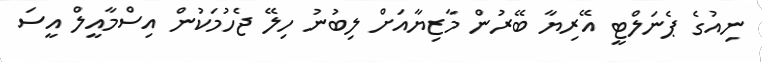
ނިއުގެ ޕެނަލްޓީ އޭރިޔާ ބޭރުން މާޒިޔާއަށް ލިބުނު ހިލޭ ޖެހުމަކުން އިސްމާއީލް އީސަ